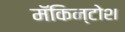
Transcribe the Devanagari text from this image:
मॅकिन्टोश